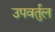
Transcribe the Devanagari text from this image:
उपवर्तुल